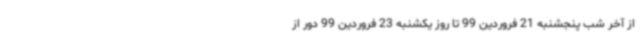
از آخر شب پنجشنبه 21 فروردین 99 تا روز یکشنبه 23 فروردین 99 دور از